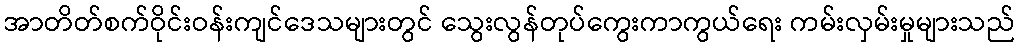
အာတိတ်စက်ဝိုင်းဝန်းကျင်ဒေသများတွင် သွေးလွန်တုပ်ကွေးကာကွယ်ရေး ကမ်းလှမ်းမှုများသည်